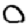
Digit: 0